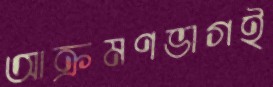
আক্রমণভাগই